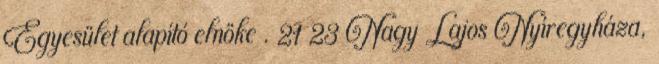
Egyesület alapító elnöke . 21 23 Nagy Lajos Nyíregyháza,